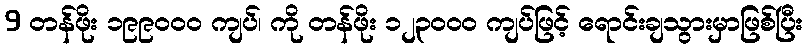
9 တန်ဖိုး ၁၉၉၀၀၀ ကျပ်၊ ကို တန်ဖိုး ၁၂၃၀၀၀ ကျပ်ဖြင့် ရောင်းချသွားမှာဖြစ်ပြီး